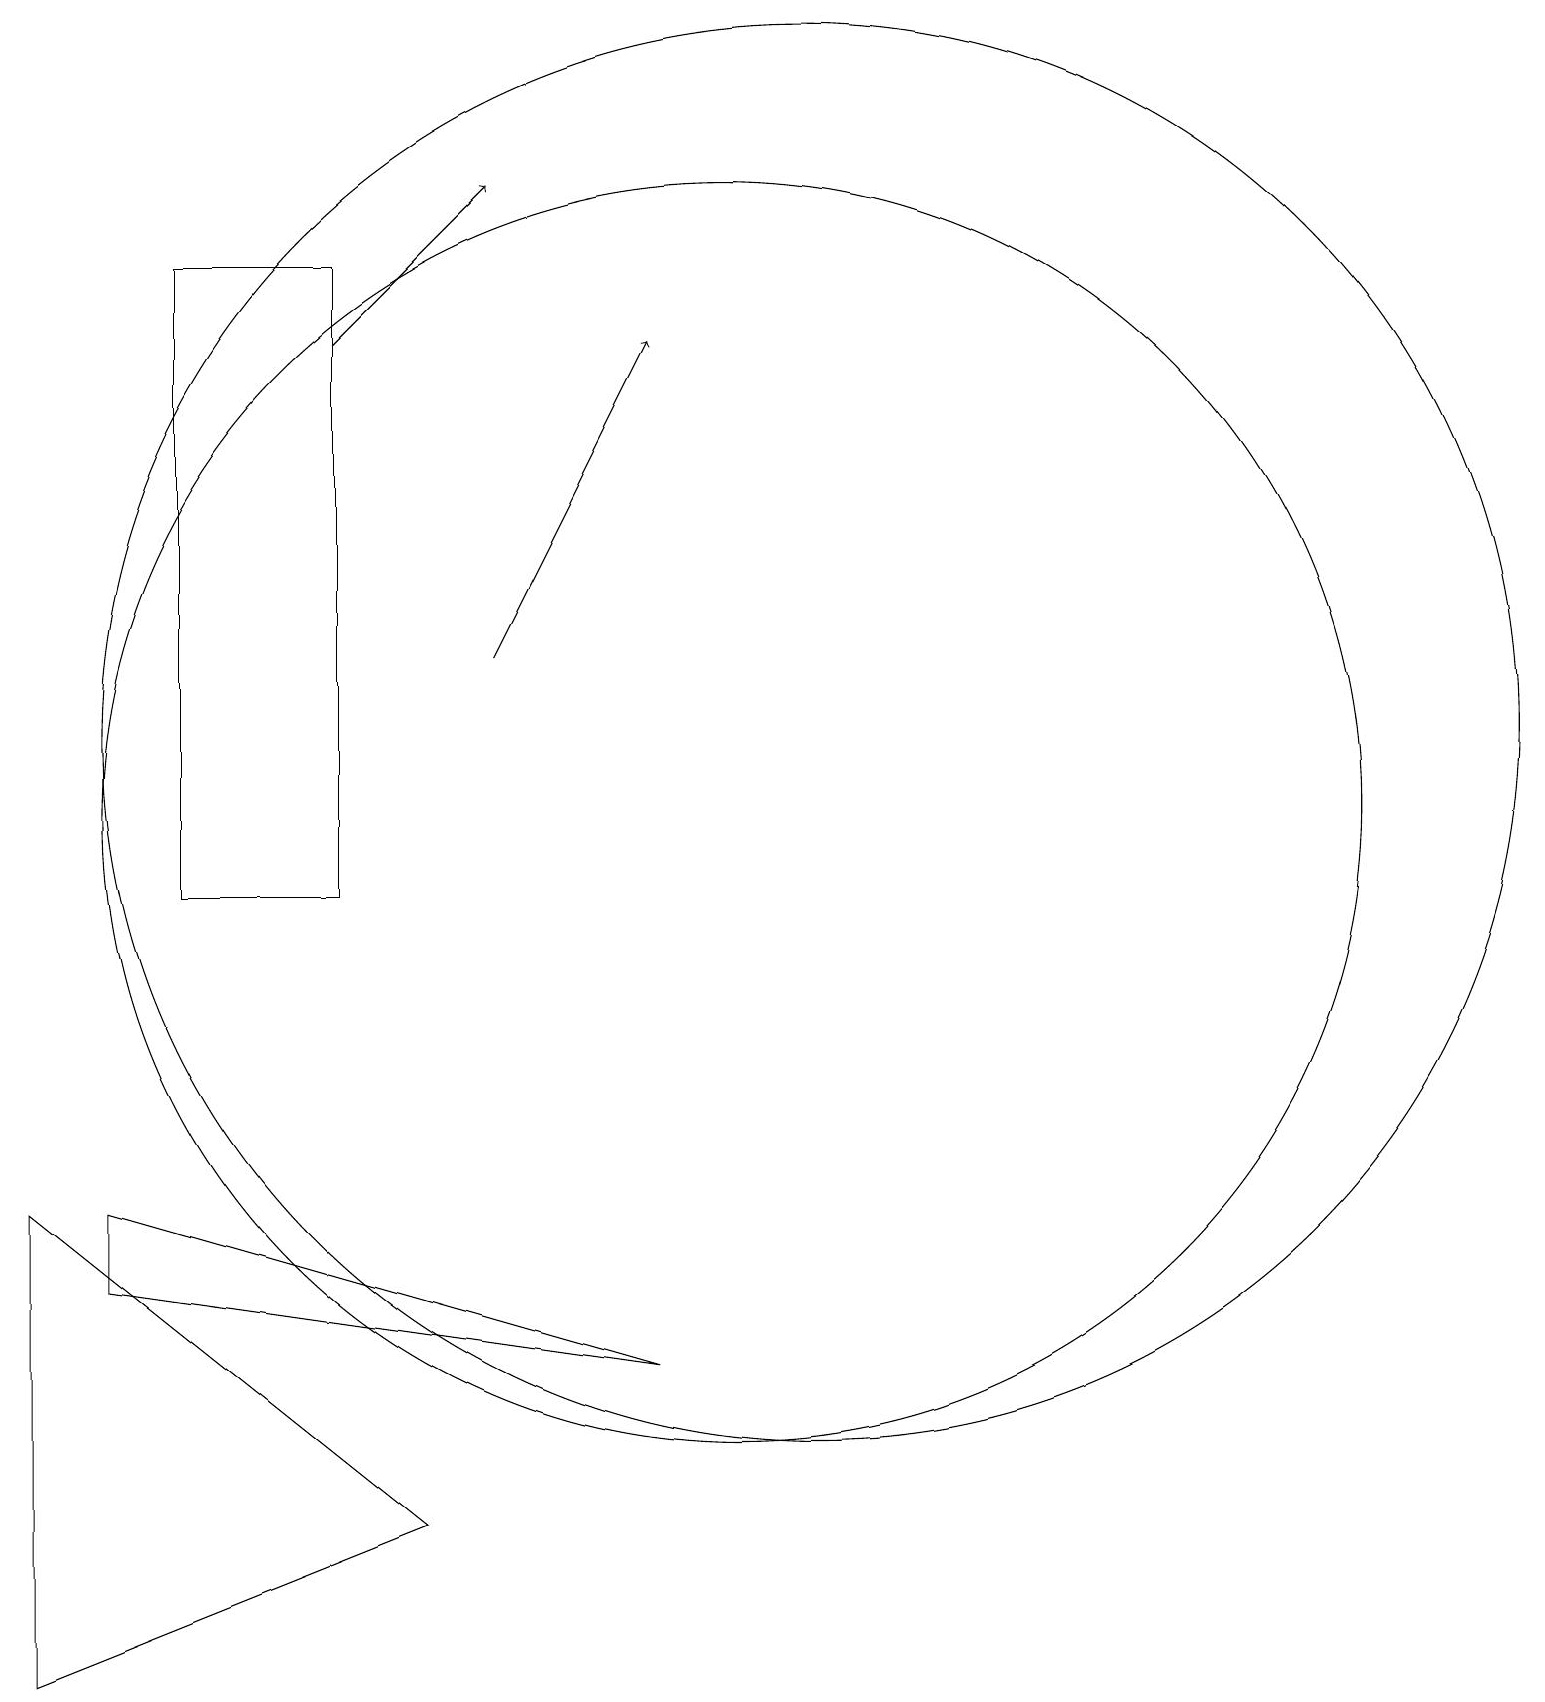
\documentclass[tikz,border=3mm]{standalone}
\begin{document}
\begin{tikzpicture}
\draw (1,6) -- (6,2) -- (1,0) -- cycle;
\draw (11,12) circle (9);
\draw[->] (7,13) -- (9,17);
\draw (3,18) rectangle (5,10);
\draw (2,5) -- (9,4) -- (2,6) -- cycle;
\draw (10,11) circle (8);
\draw[->] (5,17) -- (7,19);
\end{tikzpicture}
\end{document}